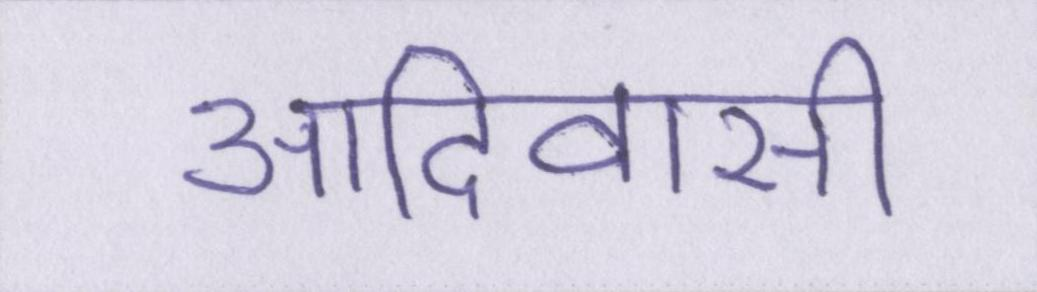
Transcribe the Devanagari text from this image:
आदिवासी